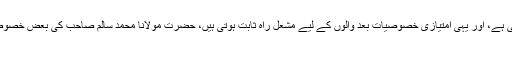
مشاہیر کی زندگی کمالات وامتیازات کا حسین مرقع ہوتی ہے، اور یہی امتیازی خصوصیات بعد والوں کے لیے مشعل راہ ثابت ہوتی ہیں، حضرت مولانا محمد سالم صاحبؒ کی بعض خصوصیات انفرادی شان رکھنے کے ساتھ لائق تقلید بھی ہیں:
۱۔